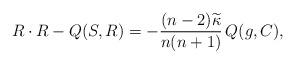
LaTeX: \begin{align*}R \cdot R - Q(S,R) = - \frac{(n-2) \widetilde{\kappa }}{n(n+1)}\, Q(g,C) , \end{align*}